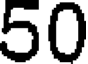
50